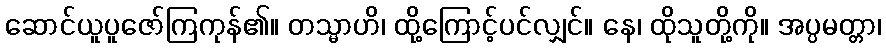
ဆောင်ယူပူဇော်ကြကုန်၏။ တသ္မာဟိ၊ ထို့ကြောင့်ပင်လျှင်။ နေ၊ ထိုသူတို့ကို။ အပ္ပမတ္တာ၊